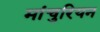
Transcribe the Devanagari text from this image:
मांचुरियन